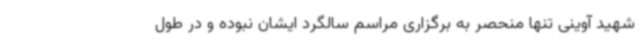
شهید آوینی تنها منحصر به برگزاری مراسم سالگرد ایشان نبوده و در طول